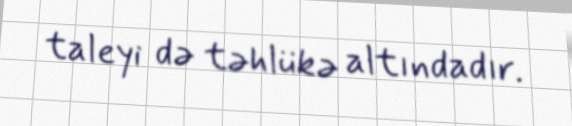
taleyi də təhlükə altındadır.